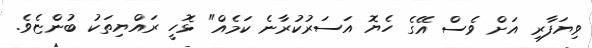
ވިޔަފާރި އަށް ވެސް އޭގެ ހެޔޮ އަސަރުކުރާނެ ކަމެއް" ޅޮހީ ރައްޔިތަކު ބުންޏެވެ.